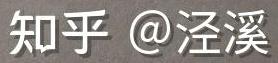
知乎 @泾溪